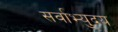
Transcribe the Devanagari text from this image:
सर्वाभ्युदय